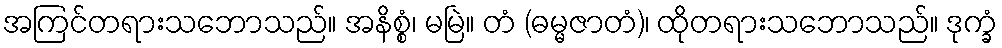
အကြင်တရားသဘောသည်။ အနိစ္စံ၊ မမြဲ။ တံ (ဓမ္မဇာတံ)၊ ထိုတရားသဘောသည်။ ဒုက္ခံ